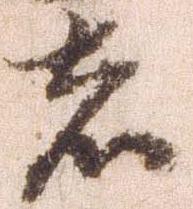
者